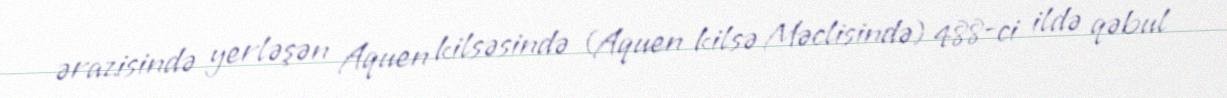
ərazisində yerləşən Aquen kilsəsində (Aquen kilsə Məclisində) 488-ci ildə qəbul